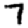
Digit: 7